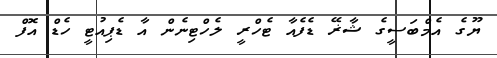
ޔޫގެ އެމްބަސީގެ ޝާޜޭ ޑެފެއާ ޓެހްރީ ލެހްޓިނެން އާ ޑެޕިއުޓީ ހެޑް އޮފް